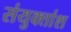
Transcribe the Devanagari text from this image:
संयुक्तांश